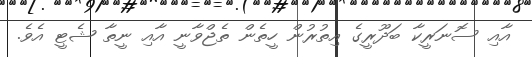
އާއި ސޮނަރީކާ ބަދޫރީގެ އިތުރުން ހީތެން ތެޖްވާނީ އާއި ނީތާ ޝެޓީ އެވެ.